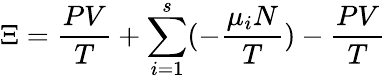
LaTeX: \Xi={\frac{PV}{T}}+\sum_{i=1}^{s}(-{\frac{\mu_{i}N}{T}})-{\frac{PV}{T}}